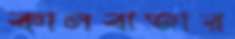
কালবাজার